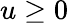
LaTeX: u\ge 0